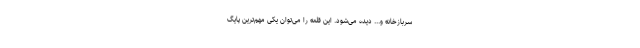
سربازخانه و... دیده می‌شود. این قلعه را می‌توان یکی مهم‌ترین پایگ